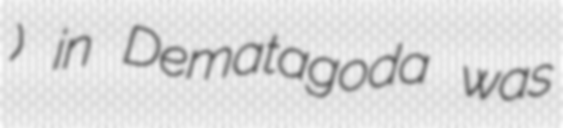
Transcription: විද්‍යාලය) in Dematagoda was